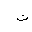
Letter: _ta